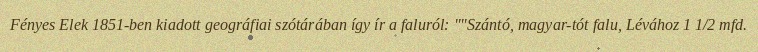
Fényes Elek 1851-ben kiadott geográfiai szótárában így ír a faluról: ""Szántó, magyar-tót falu, Lévához 1 1/2 mfd.